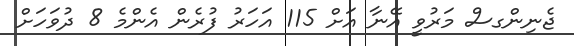
ޖެނިންގސް މަރުވީ އޭނާ އަށް 115 އަހަރު ފުރެން އެންމެ 8 ދުވަހަށް